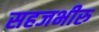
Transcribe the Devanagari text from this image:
सहजभीरु